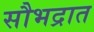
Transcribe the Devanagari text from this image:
सौभद्रात